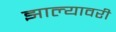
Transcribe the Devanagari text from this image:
झाल्यावरी